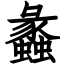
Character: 蠡